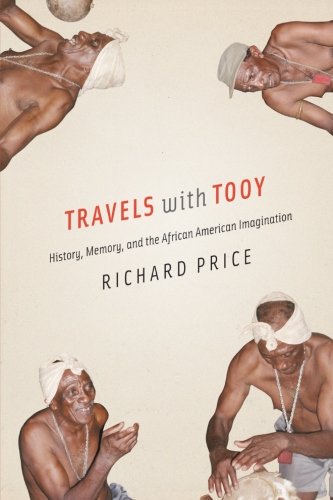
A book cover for Travels with Tooy: History, Memory, and the African American Imagination; Richard Price; Travel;